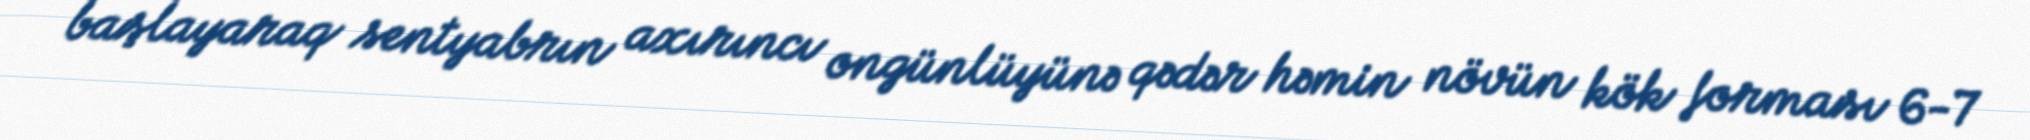
başlayaraq sentyabrın axırıncı ongünlüyünə qədər həmin növün kök forması 6-7